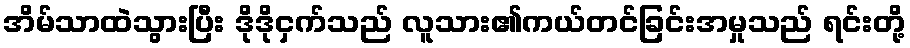
အိမ်သာထဲသွားပြီး ဒိုဒိုငှက်သည် လူသား၏ကယ်တင်ခြင်းအမှုသည် ရင်းတို့